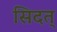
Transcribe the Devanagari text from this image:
सिदत्